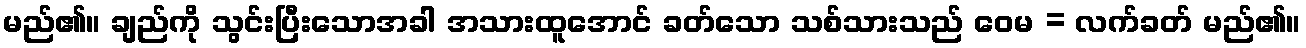
မည်၏။ ချည်ကို သွင်းပြီးသောအခါ အသားထူအောင် ခတ်သော သစ်သားသည် ဝေမ = လက်ခတ် မည်၏။